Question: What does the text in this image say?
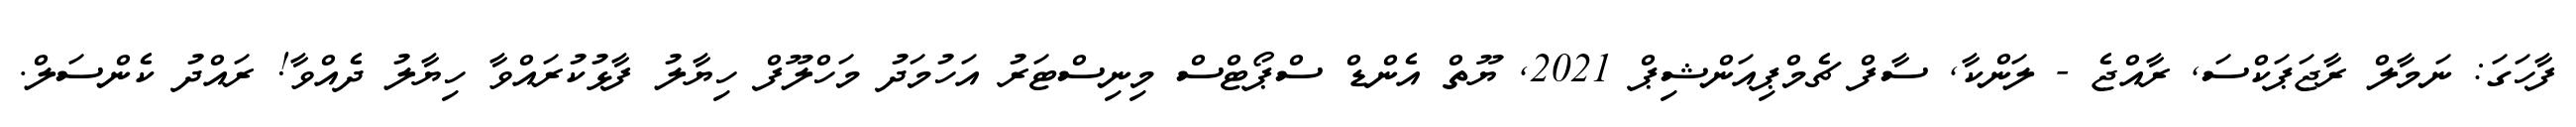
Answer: ފާހަގަ: ނަމާލް ރާޖަޕަކްސަ, ރާއްޖެ - ލަންކާ, ސާފް ޗެމްޕިއަންޝިޕް 2021, ޔޫތް އެންޑް ސްޕޯޓްސް މިނިސްޓަރު އަހުމަދު މަހްލޫފް ހިޔާލު ފާޅުކުރައްވާ ހިޔާލު ދެއްވާ! ރައްދު ކެންސަލް.